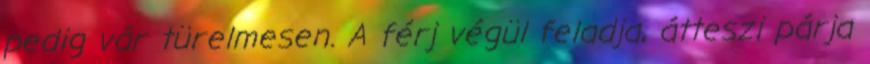
pedig vár türelmesen. A férj végül feladja, átteszi párja